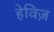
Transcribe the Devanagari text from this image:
हेविज़